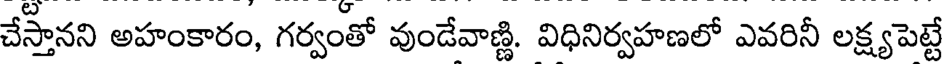
చేస్తానని అహంకారం, గర్వంతో వుండేవాణ్ణి. విధినిర్వహణలో ఎవరినీ లక్ష్యపెట్టే